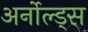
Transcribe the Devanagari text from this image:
अर्नोल्ड्स